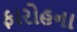
ફારોહના